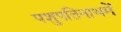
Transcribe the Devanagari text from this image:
पशुपतिनाथमें